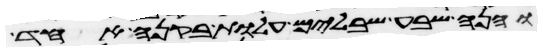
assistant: והנה שבע שבלים עלות בקנה אחד